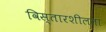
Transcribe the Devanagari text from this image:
विस्तारशीलता